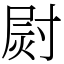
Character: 㷉